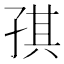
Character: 𰌪